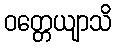
ဝတ္တေယျာသိ